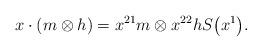
LaTeX: \begin{gather*} x \cdot (m \otimes h) = x^{21} m \otimes x^{22}h S\big(x^1\big). \end{gather*}